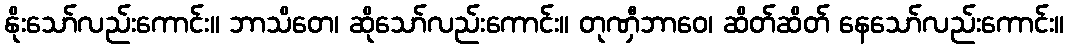
နိုးသော်လည်းကောင်း။ ဘာသိတေ၊ ဆိုသော်လည်းကောင်း။ တုဏှီဘာဝေ၊ ဆိတ်ဆိတ် နေသော်လည်းကောင်း။